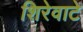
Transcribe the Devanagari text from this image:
शिरेवाटे